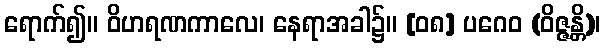
ရောက်၍။ ဝိဟရဏကာလေ၊ နေရာအခါ၌။ [၀၈] ပဂေဝ (ဝိဇ္ဇန္တိ)၊